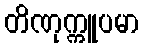
တိဏုက္ကူပမာ